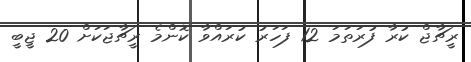
ރީޗާޖް ކުރާ ފުރަތަމަ 12 ފަހަރު ކުރައްވާ ކޮންމެ ރީޗާޖަކަށް 20 ޖީބީ